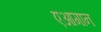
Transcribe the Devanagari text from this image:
एआगान